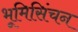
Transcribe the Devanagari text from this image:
भूमिसिंचन